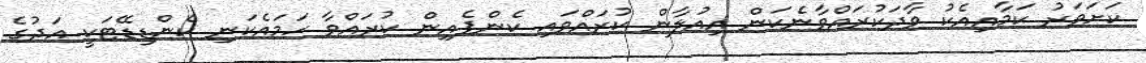
ކަށަވަރު ކަމާއިއެކު ވާދަކުރައްވާނެކަން އިއުލާން ކުރައްވައި ކެންޕެއިން ކުރައްވާ ހަމައެކަނި ކެންޑިޑޭޓަކީ އަދުގެ